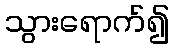
သွားရောက်၍